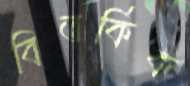
বিতর্কিক